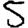
Digit: 5